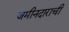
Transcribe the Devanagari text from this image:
जमीनदाराची